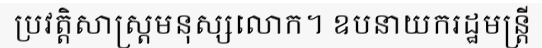
ប្រវត្តិសាស្ត្រមនុស្សលោក។ ឧបនាយករដ្ឋមន្ត្រី